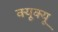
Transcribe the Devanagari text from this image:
क्यूक्यू